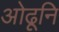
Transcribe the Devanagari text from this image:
ओढूनि